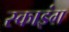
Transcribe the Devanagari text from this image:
स्काइंग